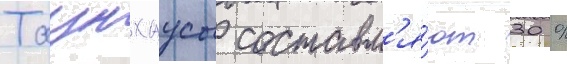
Таунхаусы составл'я́ют 30 %